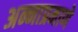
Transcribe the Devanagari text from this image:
अन्नाप्रमाणे